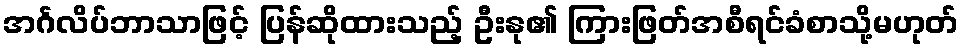
အင်္ဂလိပ်ဘာသာဖြင့် ပြန်ဆိုထားသည့် ဦးနု၏ ကြားဖြတ်အစီရင်ခံစာသို့မဟုတ်